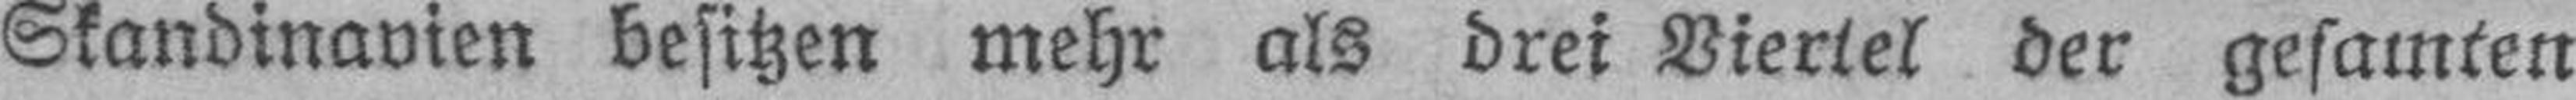
Skandinavien besitzen mehr als drei Viertel der gesamten